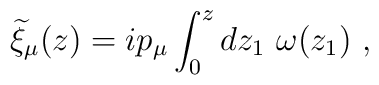
{\widetilde \xi}_\mu(z)=ip_\mu\int_0^z dz_1 ~\omega(z_1)~,